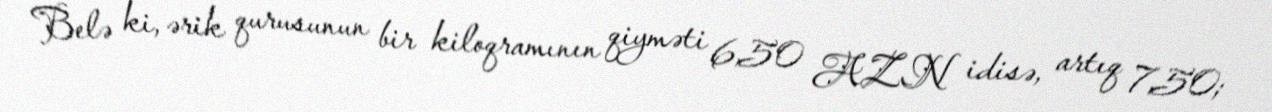
Belə ki, ərik qurusunun bir kiloqramının qiyməti 6,50 AZN idisə, artıq 7,50;